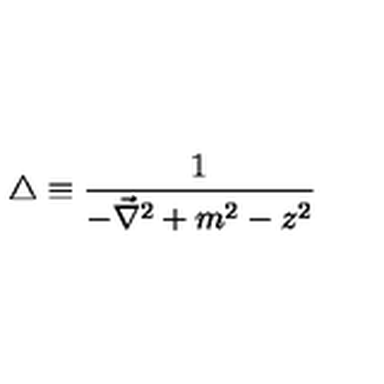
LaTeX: \triangle \equiv \frac { 1 } { - \vec { \nabla } ^ { 2 } + m ^ { 2 } - z ^ { 2 } }